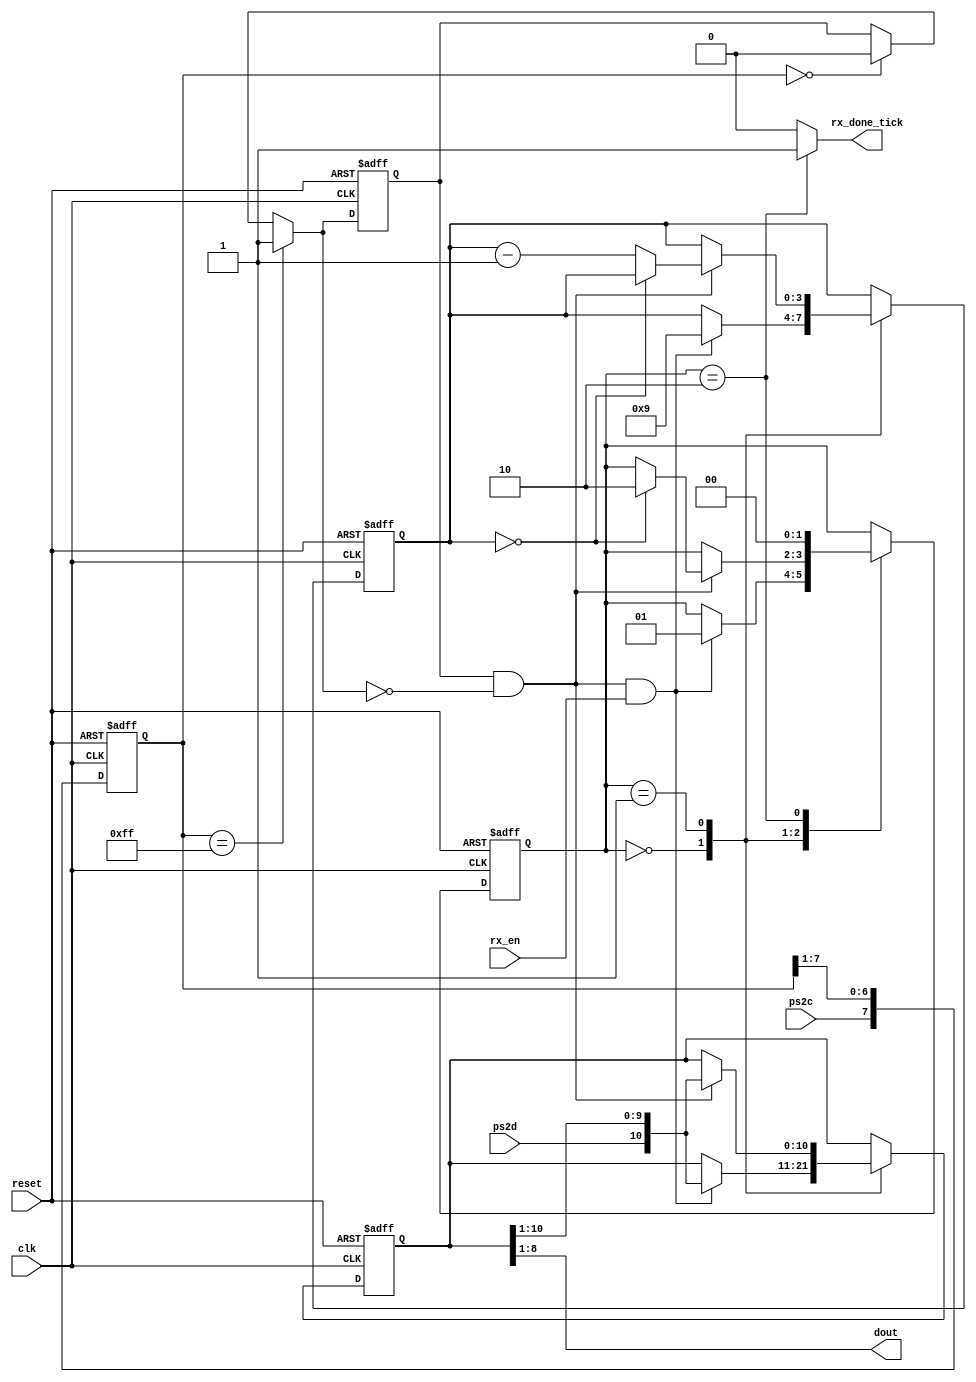
`timescale 1ns / 1ps
//////////////////////////////////////////////////////////////////////////////////
// Company: 
// Engineer: 
// 
// Design Name: 
// Module Name:    ps2_rx 
// Project Name: 
// Target Devices: 
// Tool versions: 
// Description: 
//
// Dependencies: 
//
// Revision: 
// Revision 0.01 - File Created
// Additional Comments: 
//
//////////////////////////////////////////////////////////////////////////////////
module ps2_rx(
	input wire clk, reset,
	input wire ps2d, ps2c, rx_en,
	output reg rx_done_tick,
	output wire [7:0] dout
    );

	localparam [1:0]
		idle = 2'b00,
		dps  = 2'b01,
		load = 2'b10;
		
	reg [1:0] state_reg, state_next;
	reg [7:0] filter_reg;
	wire [7:0] filter_next;
	reg f_ps2c_reg;
	wire f_ps2c_next;
	reg [3:0] n_reg, n_next;
	reg [10:0] b_reg, b_next;
	wire fall_edge;
	
	always @(posedge clk, posedge reset)
	if (reset)
		begin
		filter_reg <= 0;
		f_ps2c_reg <= 0;
		end
	else
		begin
		filter_reg <= filter_next;
		f_ps2c_reg <= f_ps2c_next;
		end
		
	assign filter_next = {ps2c, filter_reg[7:1]};
	assign f_ps2c_next = (filter_reg == 8'b11111111) ? 1'b1 :
								(filter_reg == 8'b00000000) ? 1'b0 :
								f_ps2c_reg;
	assign fall_edge = f_ps2c_reg & ~f_ps2c_next;
	
	always @(posedge clk, posedge reset)
	if (reset)
		begin
		state_reg <= idle;
		n_reg <= 0;
		b_reg <= 0;
		end
	else
	 begin
	 state_reg <= state_next;
	 n_reg <= n_next;
	 b_reg <= b_next;
	 end
	
	always @*
	begin
		state_next = state_reg;
		rx_done_tick = 1'b0;
		n_next = n_reg;
		b_next = b_reg;
		case (state_reg)
			idle:
			if(fall_edge & rx_en)
				begin
				b_next = {ps2d, b_reg[10:1]};
				n_next = 4'b1001;
				state_next = dps;
				end
			dps:
			if (fall_edge)
				begin
				b_next = {ps2d, b_reg[10:1]}; //dupe. can be combinational
				if (n_reg == 0)
					state_next = load;
				else
					n_next = n_reg - 1;
				end
			load:
				begin
				state_next = idle;
				rx_done_tick = 1'b1;
				end
		endcase
	end
	
	assign dout = b_reg[8:1];
	

endmodule